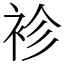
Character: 袗